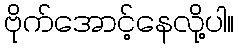
ဗိုက်အောင့်နေလို့ပါ။